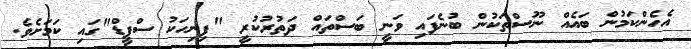
އެހެންކަމުން ބައެއް ނޫސްތަކުން ބުނެފައި ވަނީ ބަސްތައް ދަތުރުކުރީ "ފިނިހަކު ސްޕީޑް"ގައި ކަަމަށެވެ.